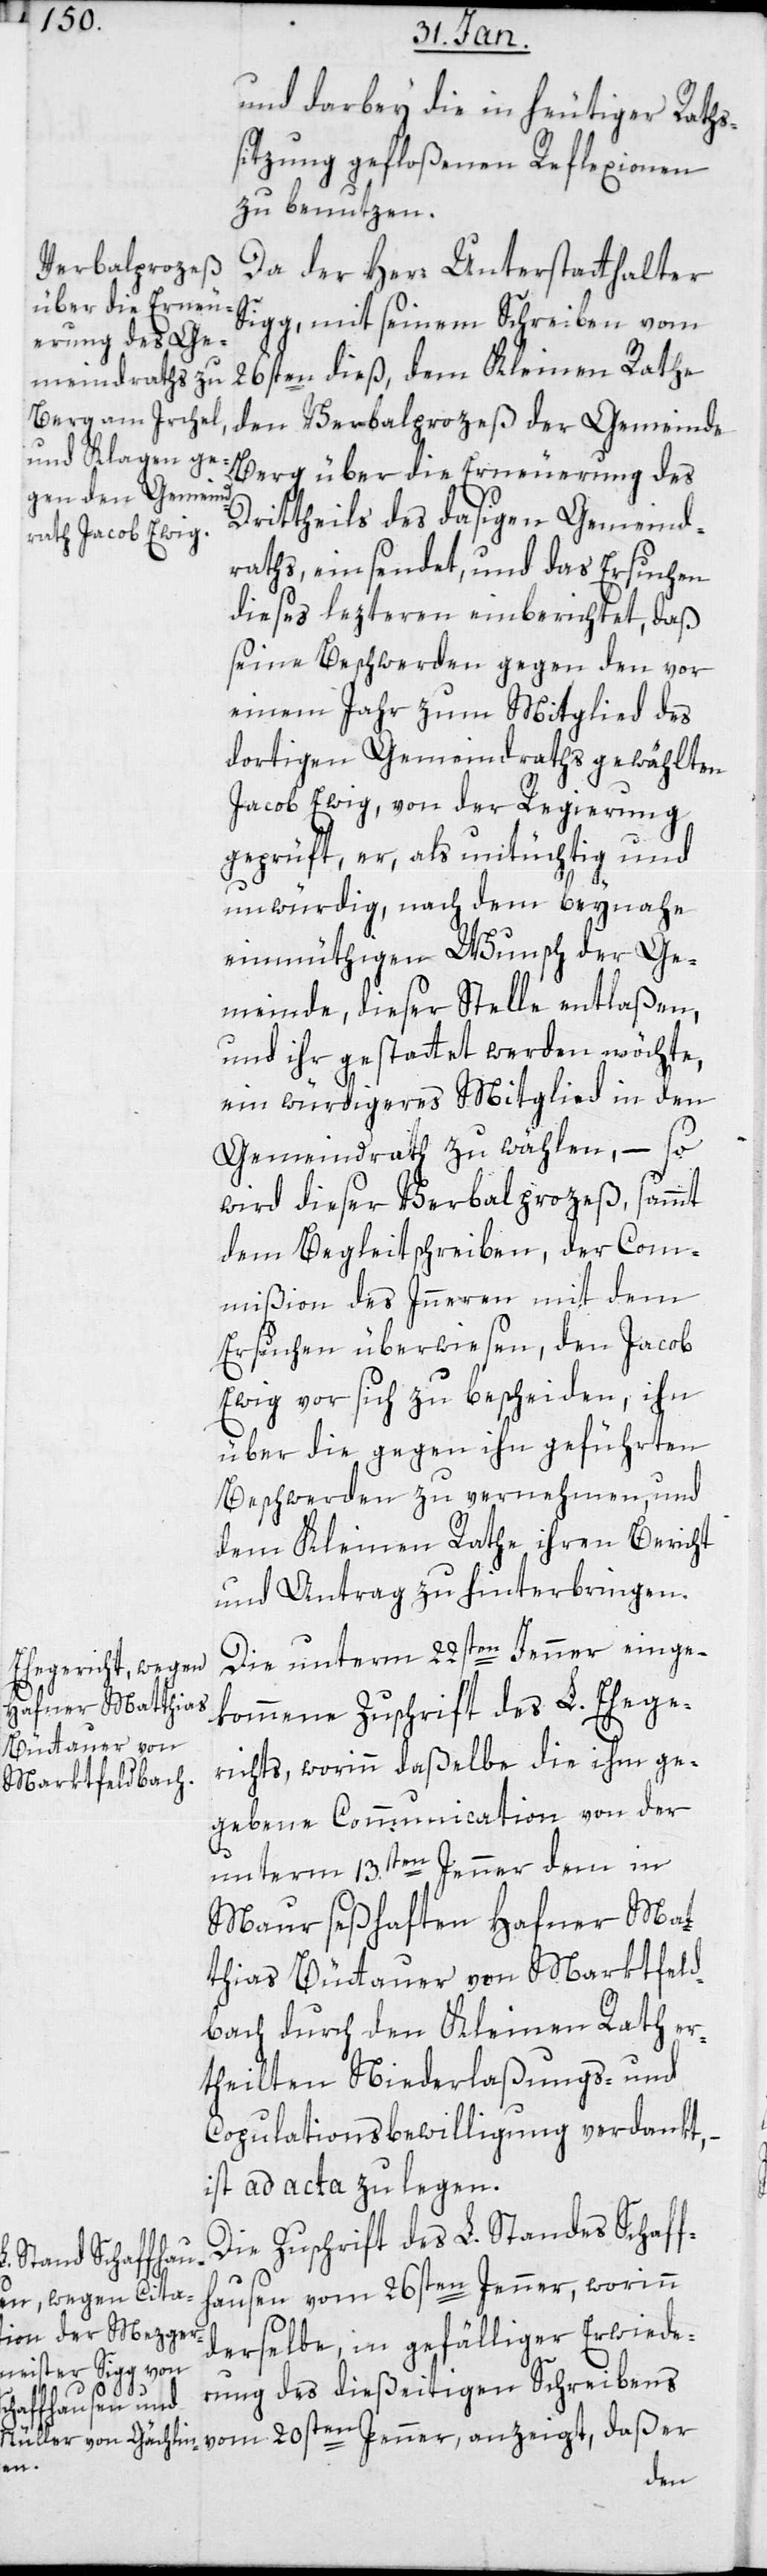
Büttauer von
Martkfeldbac¬

und darbey die in heutiger Raths¬
sitzung gefloßenen Reflexionen
zu benutzen.
Da der Herr Unterstatthalter
Sigg mit seinem Schreiben vom
26sten dieß, dem Kleinen Rathe
den Verbalprozeß der Gemeinde
Berg über die Erneuerung des
Drittheils des dasigen Gemeind¬
raths einsendet, und das Ersuchen
dieses lezteren einberichtet, daß
seine Beschwerden gegen den vor
einem Jahr zum Mitglied des
dortigen Gemeindrats gewählten
Jacob Ewig, von der Regierung
geprüft, er, als untüchtig und
unwürdig, nach dem beynahe
einmüthigen Wunsch der Ge¬
meinde, dieser Stelle entlaßen,
und ihr gestattet werden möchte,
ein würdigeres Mitglied in den
Gemeindrath zu wählen, – so
wird dieser Verbalprozeß sammt
dem Begleitschreiben, der Com¬
mißion des Innern mit dem
Ersuchen überwiesen, den Jacob
Ewig vor sich zu bescheiden, ihn
über die gegen ihn geführten
Beschwerden zu vernehmen, und
dem Kleinen Rathe ihren Bericht
und Antrag zu hinterbringen.
Die unterm 22sten Jenner einge¬
kommene Zuschrift des L. Ehege¬
richts, worinn dasselbe die ihm ge¬
gebene Communication von der
unterm 13ten Jenner dem in
Maur seßhaften Hafner Mat¬
h durch den Kleinen Rath er¬
teilten Niederlaßungs- und
Copulationsbewilligung verdankt,
ist ad acta zu legen.
Die Zuschrift des L. Standes Schaff¬
hausen vom 26sten Jenner, worinn
derselbe in gefälliger Erwiede¬
rung des dießeitigen Schreibens
vom 20sten Jenner anzeigt, daß er
thias